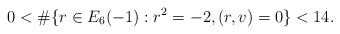
\begin{align*}0 < \#\{r \in E_6(-1) : r^2 = -2, (r,v) = 0\} < 14.\end{align*}